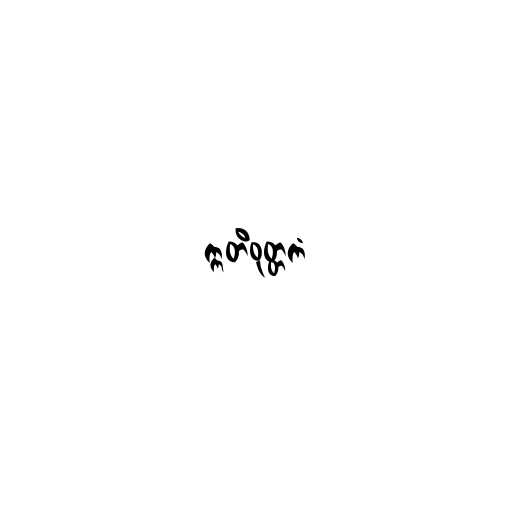
ဣတိဝုတ္တကံ